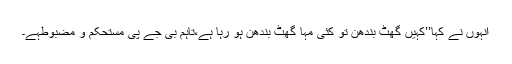
انہوں نے کہا’’کہیں گھٹ بندھن تو کئی مہا گھٹ بندھن ہو رہا ہے،تاہم بی جے پی مستحکم و مضبوطہے۔